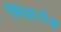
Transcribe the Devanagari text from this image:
सिद्धार्थत्व